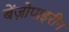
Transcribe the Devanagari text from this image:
बेंज़ोपाइरीन